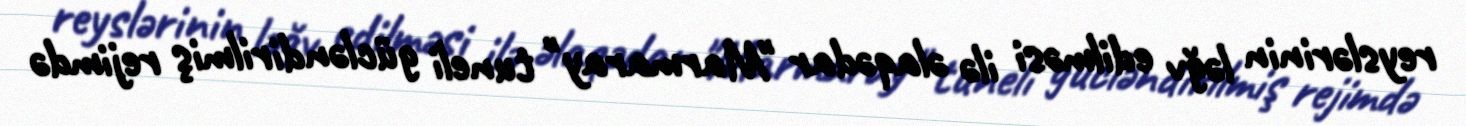
reyslərinin ləğv edilməsi ilə əlaqədar "Marmaray" tuneli gücləndirilmiş rejimdə